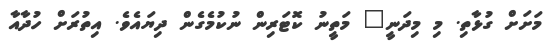
މަށަށް ގުޅާތި. މި މިދަނީ" މަތީނު ކޮޓަރިން ނުކުމެގެން ދިޔައެވެ. އިތުރަށް ހުދާއާ